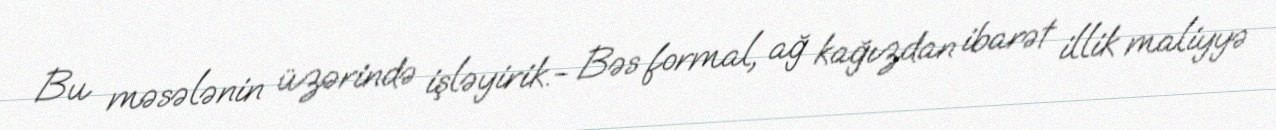
Bu məsələnin üzərində işləyirik.- Bəs formal, ağ kağızdan ibarət illik maliyyə